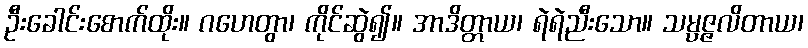
ဦးခေါင်းစောက်ထိုး။ ဂဟေတွာ၊ ကိုင်ဆွဲ၍။ အာဒိတ္တာယ၊ ရဲရဲညီးသော။ သမ္ပဇ္ဇလိတာယ၊